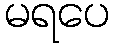
မရပေ